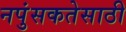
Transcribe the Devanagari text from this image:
नपुंसकतेसाठी